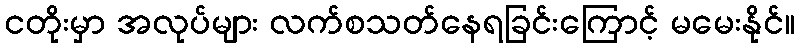
ငတိုးမှာ အလုပ်များ လက်စသတ်နေရခြင်းကြောင့် မမေးနိုင်။